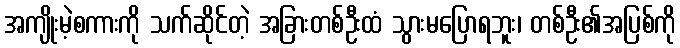
အကျိုးမဲ့စကားကို သက်ဆိုင်တဲ့ အခြားတစ်ဦးထံ သွားမပြောရဘူး၊ တစ်ဦး၏အပြစ်ကို